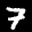
Label: 7